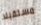
مستقبلا